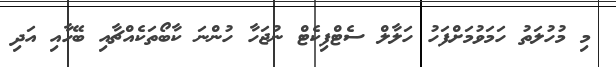
މި މުހުލަތު ހަމަވުމަށްފަހު ހަލާލް ސެޓްފިކެޓް ނުޖަހާ ހުންނަ ކާބޯތަކެއްޗާއި ބޭހާއި އަދި